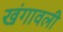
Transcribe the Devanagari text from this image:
खंगावली